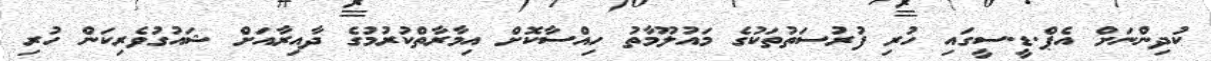
ކުދިންނަށް އެޕް.ޑީ.ސީގައި ހުރި ފުރުސަތުތަކުގެ މައުލޫމާތު ހިއްސާކޮށް އިމާރާތްކުރުމުގެ ދާއިރާއަށް ޝައުގުވެރިކަން ހުރި